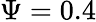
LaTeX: \Psi=0.4